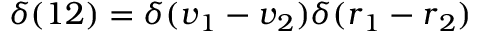
\delta ( 1 2 ) = \delta ( \boldsymbol { v } _ { 1 } - \boldsymbol { v } _ { 2 } ) \delta ( \boldsymbol { r } _ { 1 } - \boldsymbol { r } _ { 2 } )